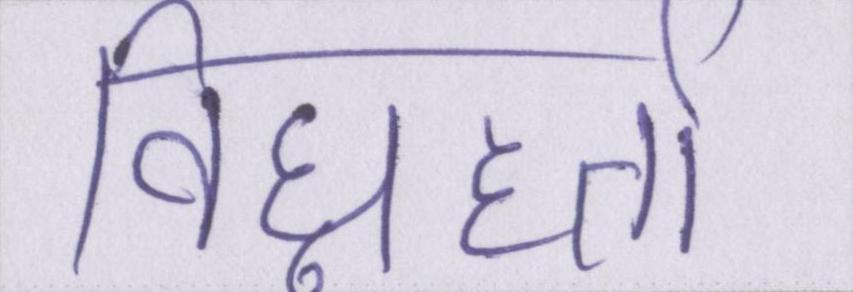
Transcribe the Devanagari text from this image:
विघ्नहर्ता